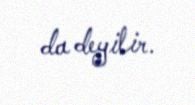
da deyilir.